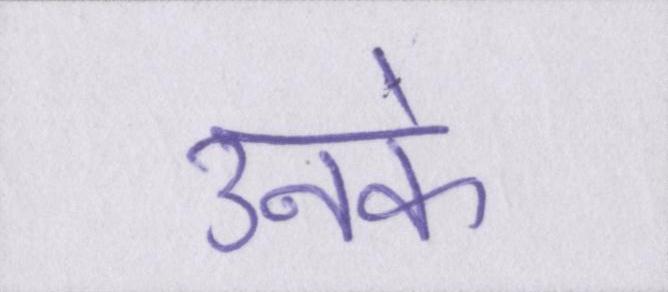
उनके